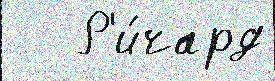
   Р'и́чард